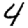
Digit: 4